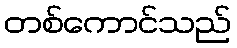
တစ်ကောင်သည်